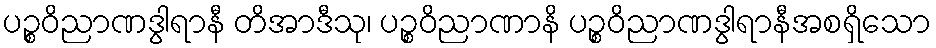
ပဉ္စဝိညာဏဒွါရာနီ တိအာဒီသု၊ ပဉ္စဝိညာဏာနိ ပဉ္စဝိညာဏဒွါရာနီအစရှိသော